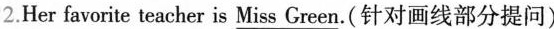
2.Her favorite teacher is \underline{Miss Green}.(针对画线部分提问)